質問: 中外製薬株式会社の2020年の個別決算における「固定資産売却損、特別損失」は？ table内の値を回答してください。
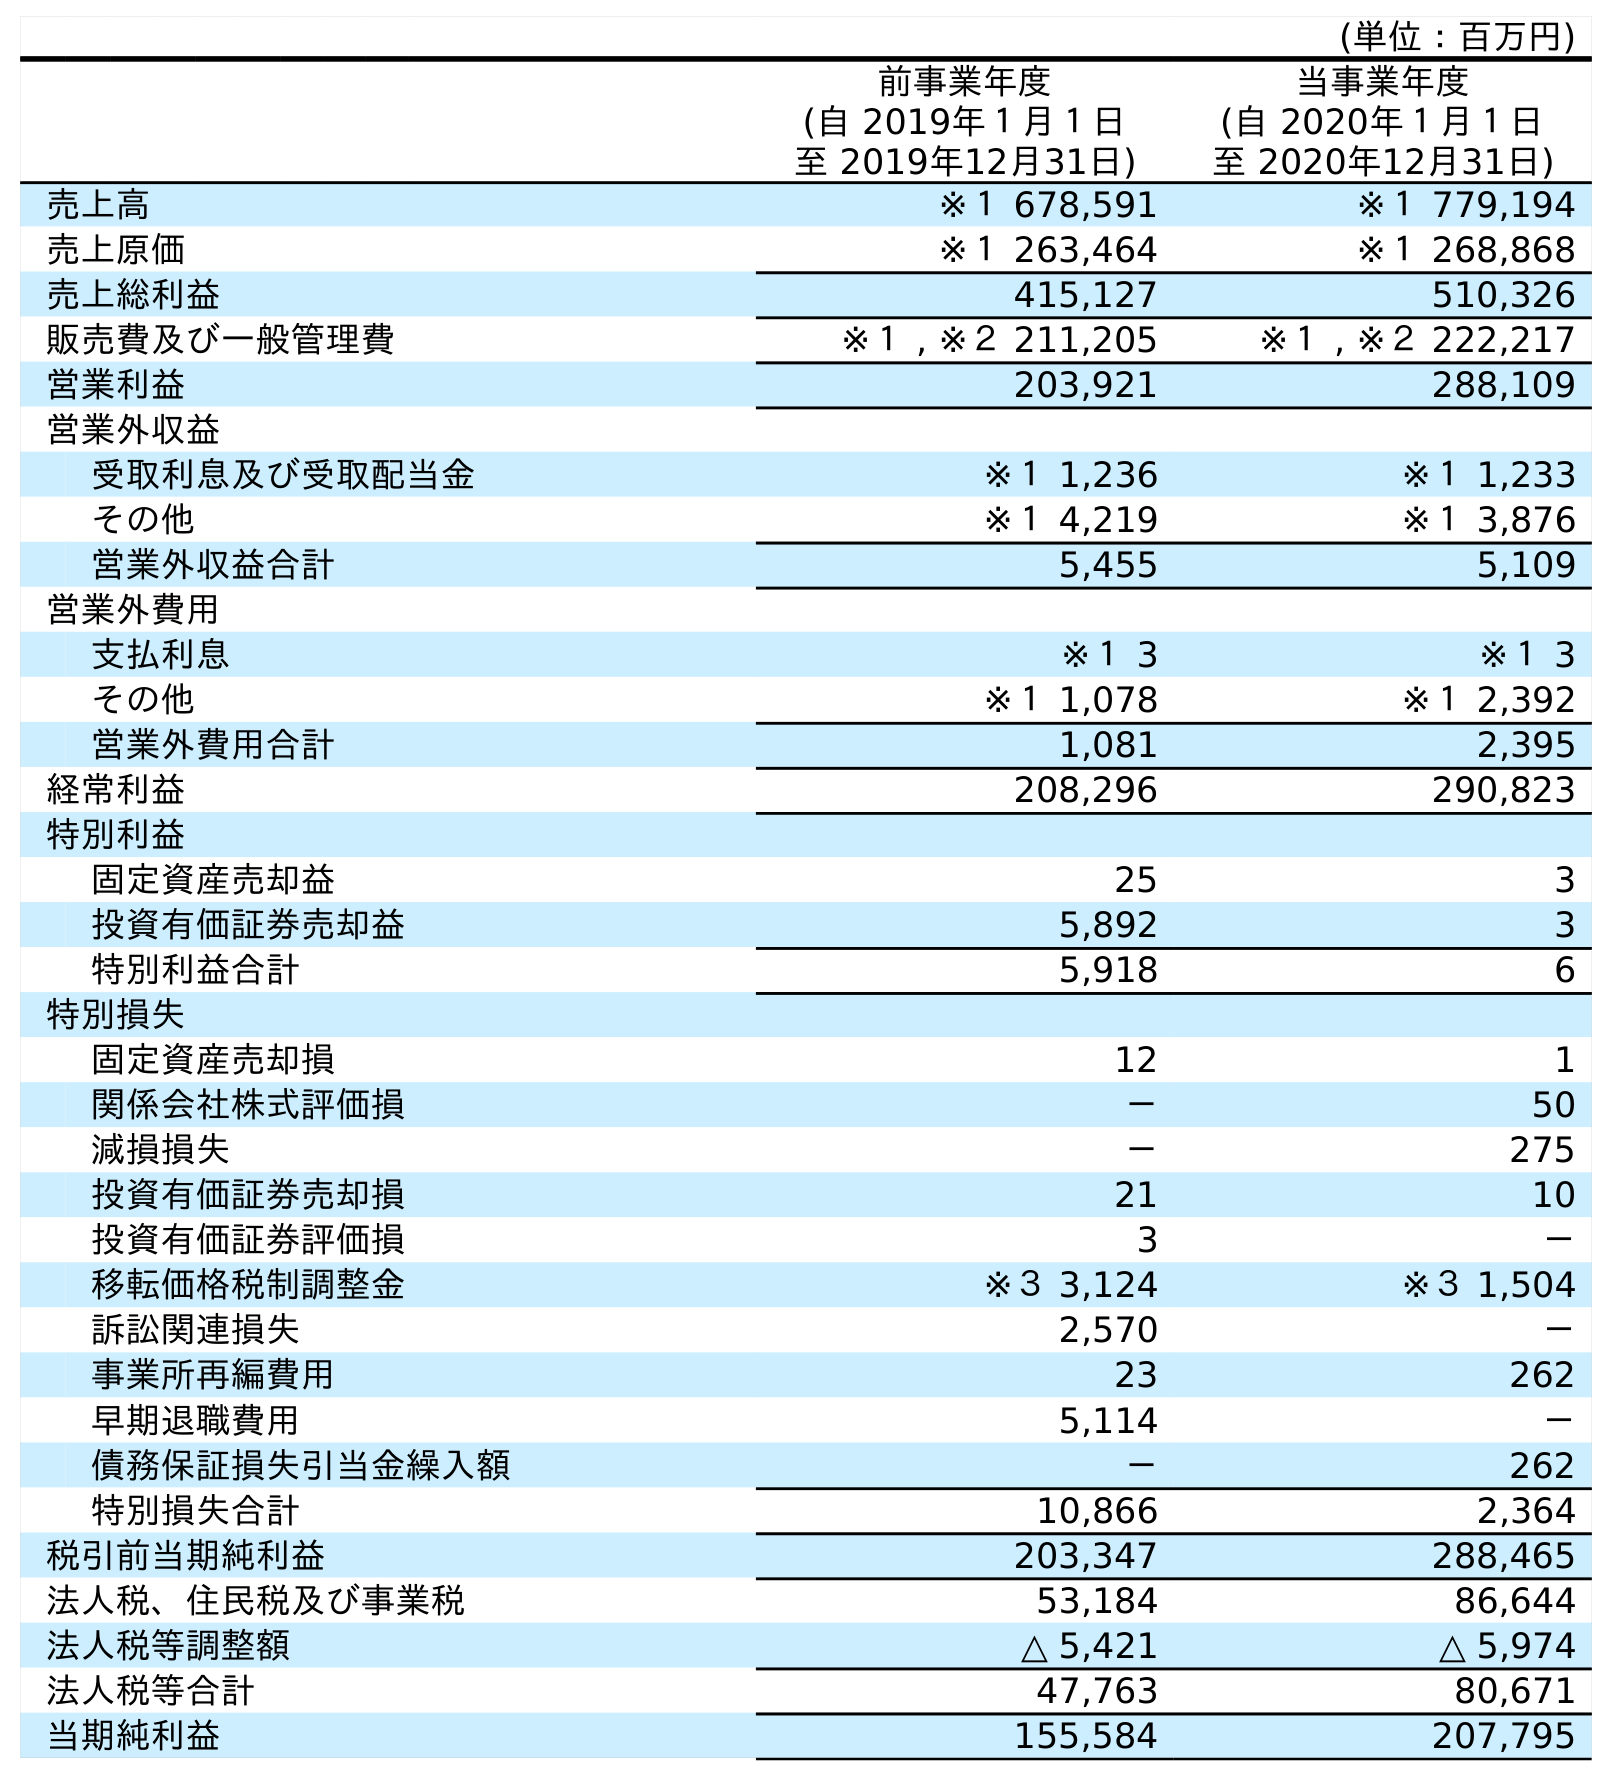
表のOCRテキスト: (単位：百万円) 前事業年度 (自 2019年１月１日 至 2019年12月31日) 当事業年度 (自 2020年１月１日 至 2020年12月31日) 売上高 ※１ 678,591 ※１ 779,194 売上原価 ※１ 263,464 ※１ 268,868 売上総利益 415,127 510,326 販売費及び一般管理費 ※１ , ※２ 211,205 ※１ , ※２ 222,217 営業利益 203,921 288,109 営業外収益 受取利息及び受取配当金 ※１ 1,236 ※１ 1,233 その他 ※１ 4,219 ※１ 3,876 営業外収益合計 5,455 5,109 営業外費用 支払利息 ※１ 3 ※１ 3 その他 ※１ 1,078 ※１ 2,392 営業外費用合計 1,081 2,395 経常利益 208,296 290,823 特別利益 固定資産売却益 25 3 投資有価証券売却益 5,892 3 特別利益合計 5,918 6 特別損失 固定資産売却損 12 1 関係会社株式評価損 － 50 減損損失 － 275 投資有価証券売却損 21 10 投資有価証券評価損 3 － 移転価格税制調整金 ※３ 3,124 ※３ 1,504 訴訟関連損失 2,570 － 事業所再編費用 23 262 早期退職費用 5,114 － 債務保証損失引当金繰入額 － 262 特別損失合計 10,866 2,364 税引前当期純利益 203,347 288,465 法人税、住民税及び事業税 53,184 86,644 法人税等調整額 △ 5,421 △ 5,974 法人税等合計 47,763 80,671 当期純利益 155,584 207,795
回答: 1